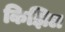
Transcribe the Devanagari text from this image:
किझिल